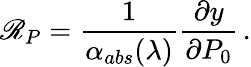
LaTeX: \mathscr{R}_{P}=\frac{1}{\alpha_{abs}(\lambda)}\frac{\partial{y}}{\partial{P_{0}}}\, .